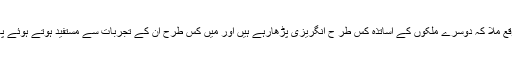
انہوں نے کہا کہ اس کانفرنس کی بدولت مجھے یہ جاننے کا موقع ملا کہ دوسرے ملکوں کے اساتذہ کس طر ح انگریزی پڑھارہے ہیں اور میں کس طرح ان کے تجربات سے مستفید ہوتے ہوئے پاکستان کے تناظر میں ان کی مہارتوں کو استعمال کرسکتی ہوں۔